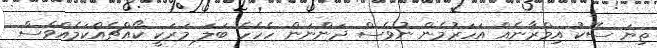
ތިޔަ ސޭކު އިމްރާނެއް އަހަރުމެން ނުވެސް ދަންނަން ހެހެހެ ބަލަ މަރަކީ ކޯއްޗެއްކަމެއްވެސް